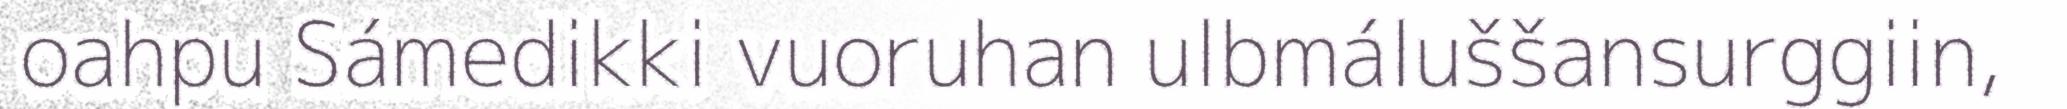
oahpu Sámedikki vuoruhan ulbmáluššansurggiin,